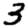
Digit: 3